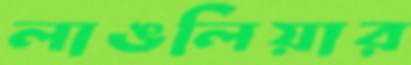
লাঙলিয়ার